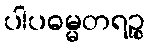
ပါပဓမ္မတရဉ္စ